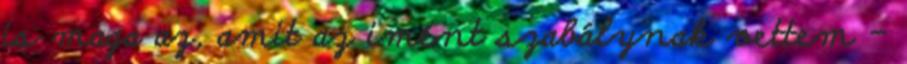
is maga az, amit az imént szabálynak vettem –